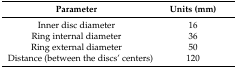
<table><thead><tr><td><b>Parameter</b></td><td><b>Units (mm)</b></td></tr></thead><tbody><tr><td>Inner disc diameter</td><td>16</td></tr><tr><td>Ring internal diameter</td><td>36</td></tr><tr><td>Ring external diameter</td><td>50</td></tr><tr><td>Distance (between the discs’ centers)</td><td>120</td></tr></tbody></table>